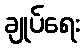
ချုပ်ရေး